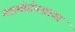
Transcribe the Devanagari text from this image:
ग्लामोर्गनशायर